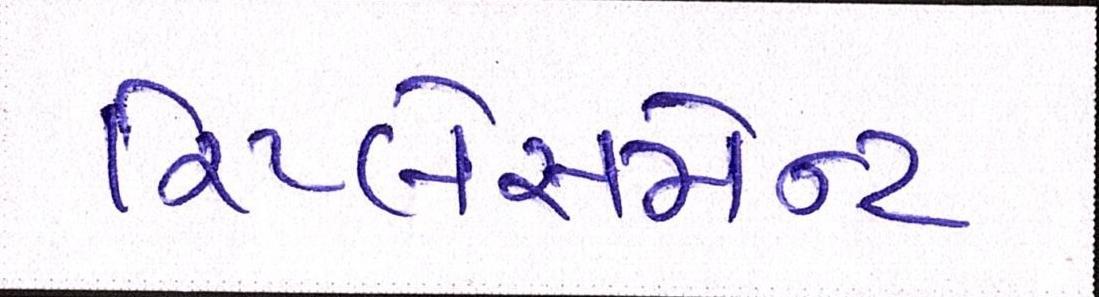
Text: રિપ્લેસમેન્ટ